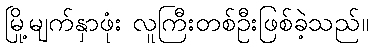
မြို့မျက်နှာဖုံး လူကြီးတစ်ဦးဖြစ်ခဲ့သည်။